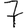
Digit: 7